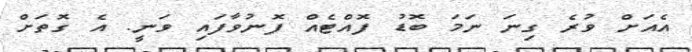
އެއަށް ވުރެ ގިނަ ނަމަ ބޮޑު ފޮއްޓެއް ފޮނުވާފައި ވަނީ. އެ ގޮތަށް